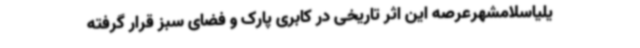
یلیاسلامشهرعرصه این اثر تاریخی در کابری پارک و فضای سبز قرار گرفته